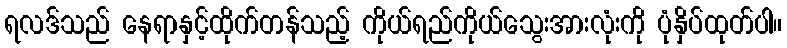
ရလဒ်သည် နေရာနှင့်ထိုက်တန်သည့် ကိုယ်ရည်ကိုယ်သွေးအားလုံးကို ပုံနှိပ်ထုတ်ပါ။